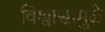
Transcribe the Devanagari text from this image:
विश्वासामुळे